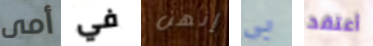
أمى في إنهن بي أعتقد